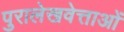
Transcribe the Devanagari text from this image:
पुरालेखवेत्ताओं